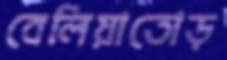
বেলিয়াতোড়